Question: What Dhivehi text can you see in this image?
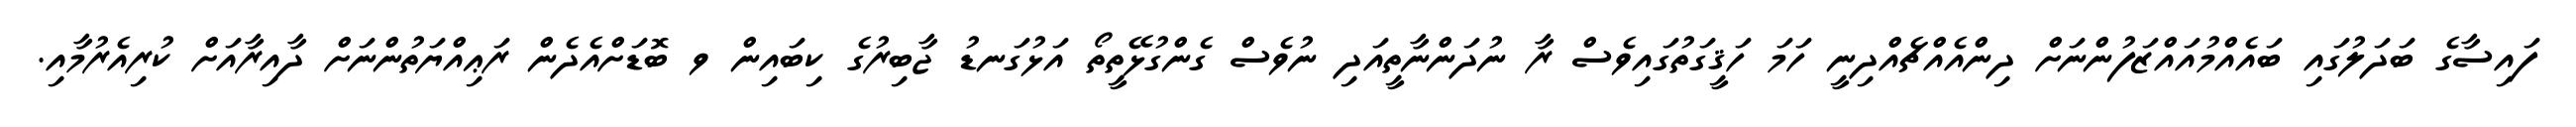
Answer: ފައިސާގެ ބަދަލުގައި ބައެއްމުއައްޒަފުންނަށް ދިންއެއްޗެއްދިނީ ހަމަ ހަޤީގަތުގައިވެސް ރާ ނުދަންނާތީއަދި ނުވެސް ގެންގުޅޭތީތޯ އަޅުގަނޑު ޖާބިރުގެ ކިބައިން ވ ބޮޑަށްއެދެން ރަޢިއްޔަތުންނަށް ދާއިރާއަށް ކުރިއެރުމާއި.